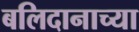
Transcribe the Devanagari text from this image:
बलिदानाच्या